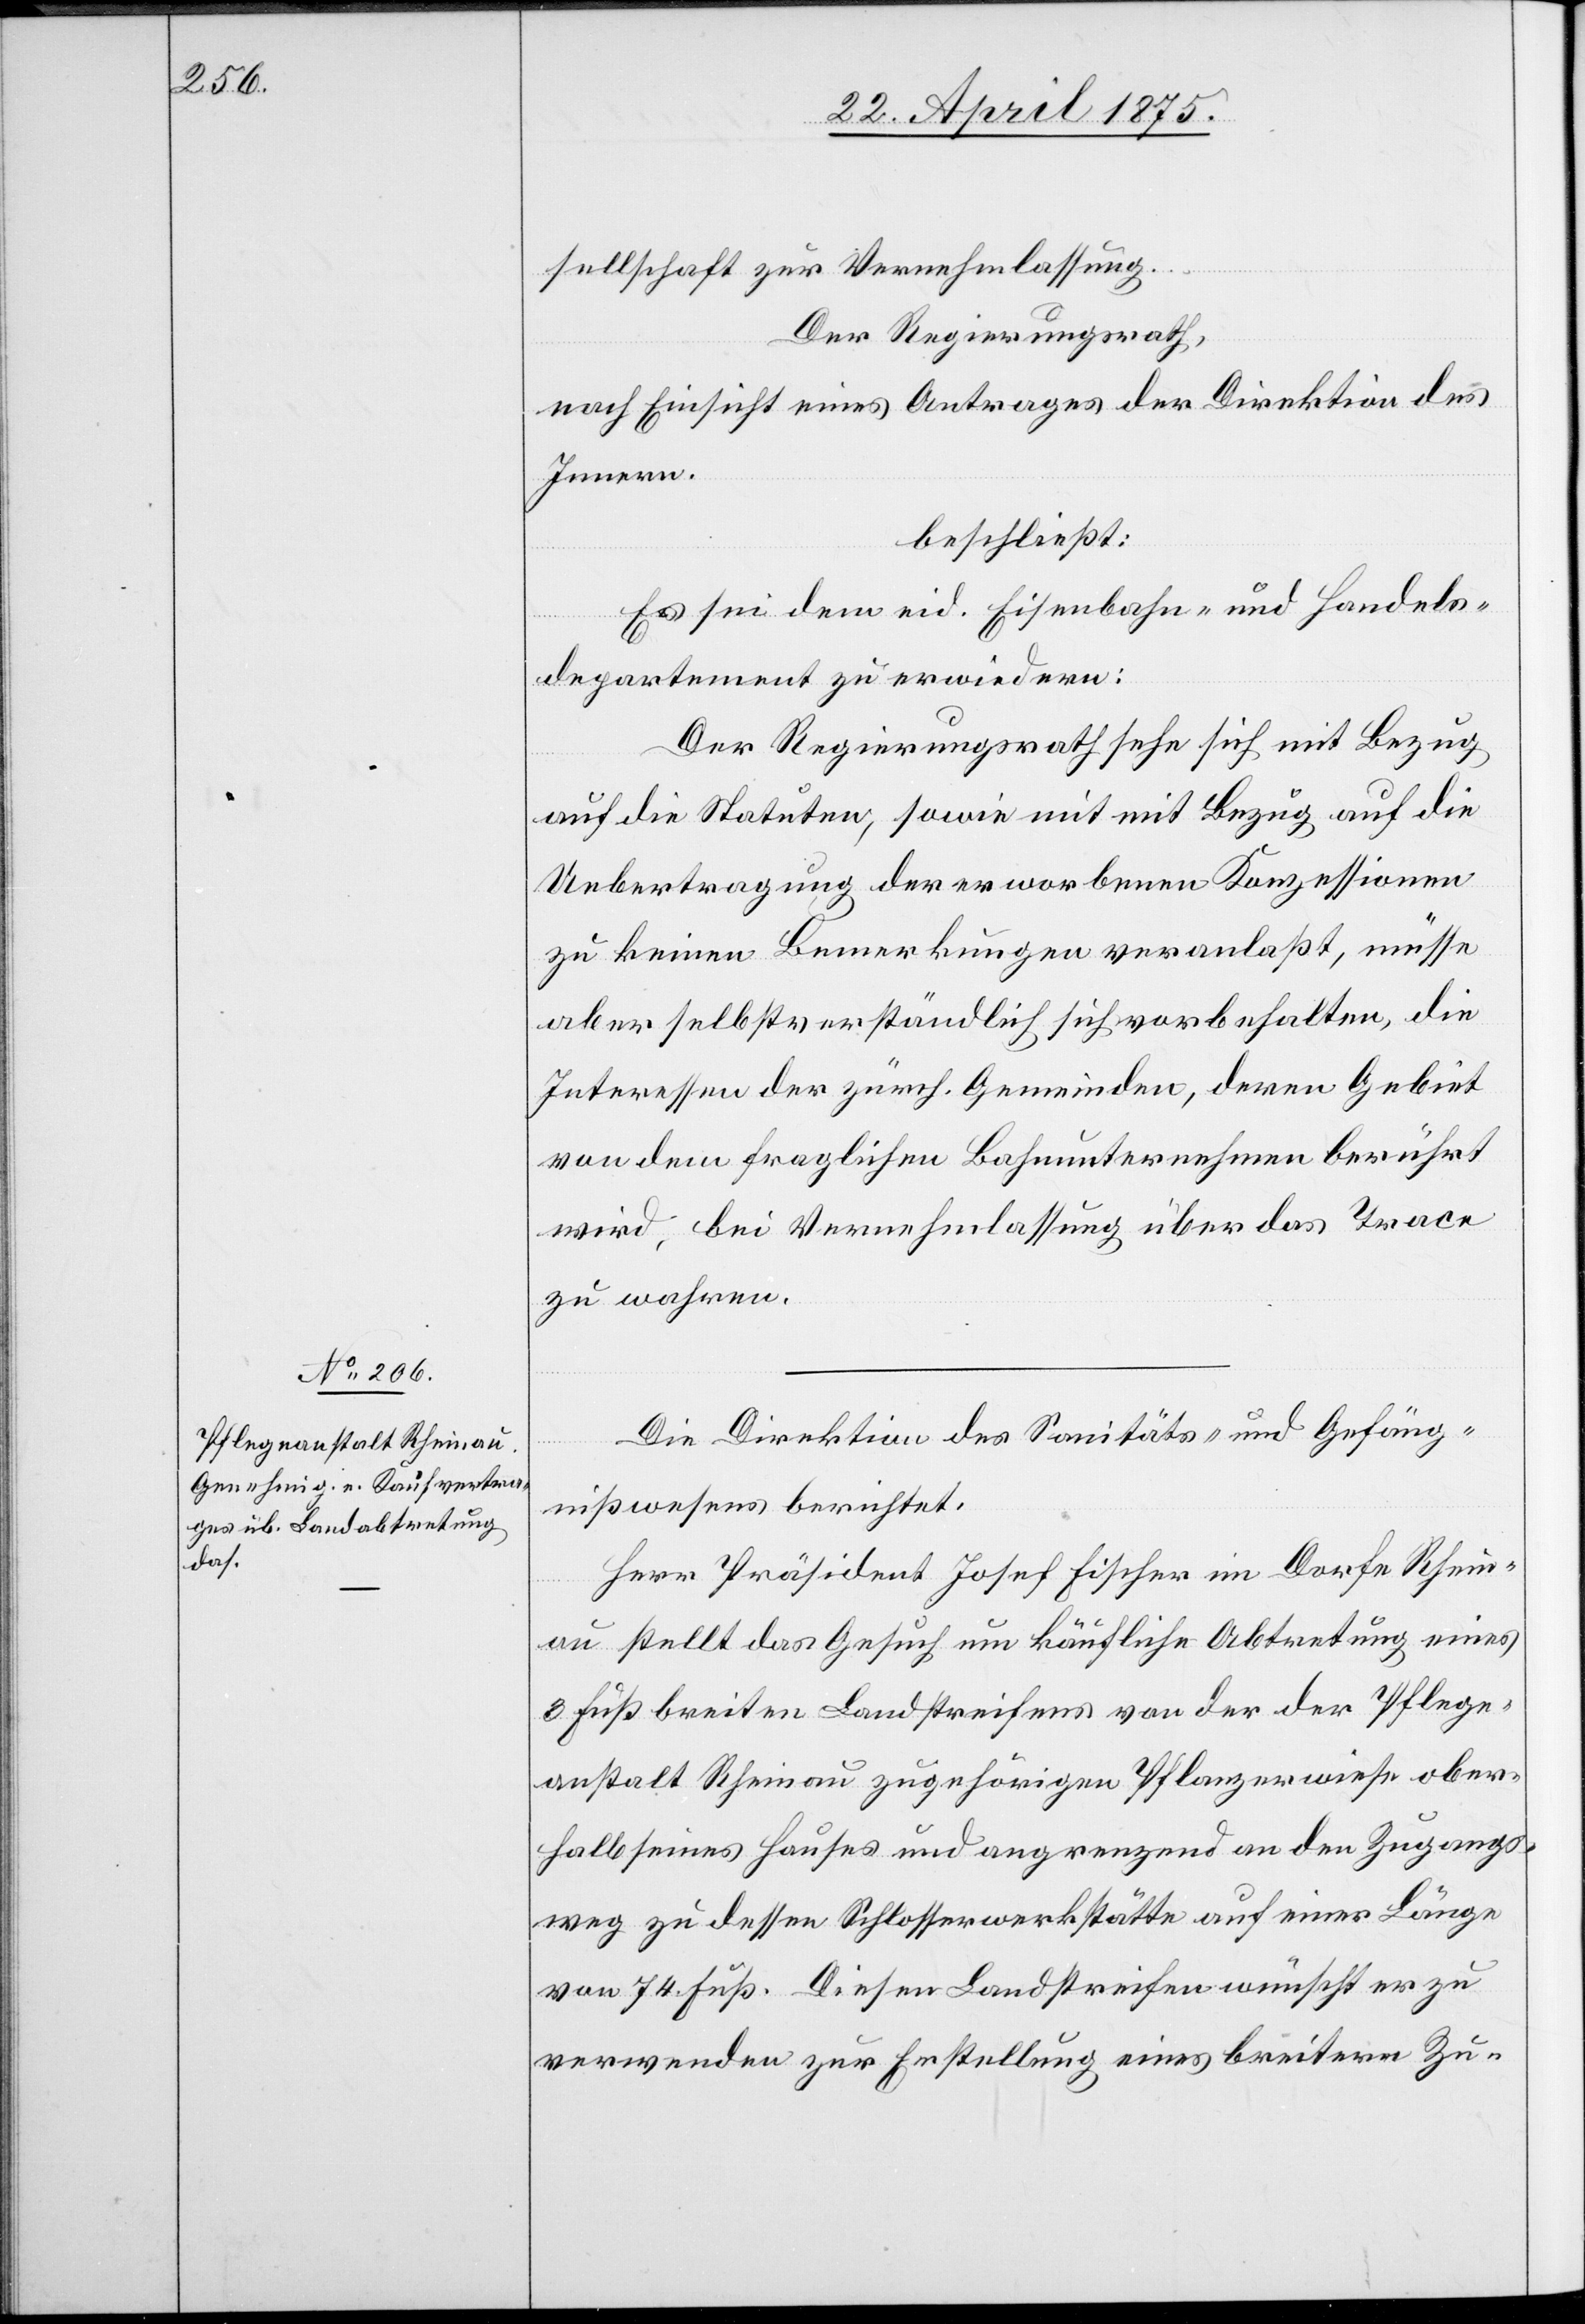
sellschaft zur Vernehmlassung.
Der Regierungsrath,
nach Einsicht eines Antrages der Direktion des
Innern,
beschließt:
Es sei dem eid. Eisenbahn- und Handels¬
departement zu erwiedern:
Der Regierungsrath sehe sich mit Bezug
auf die Statuen, sowie mit Bezug auf die
Uebertragung der erworbenen Konzessionen
zu keinen Bemerkungen veranlaßt, müsse
aber selbstverständlich sich vorbehalten, die
Interessen der zürch. Gemeinden, deren Gebiet
von dem fraglichen Bahnunternehmen berührt
wird, bei Vernehmlassung über das Trace
zu wahren.
Die Direktion des Sanitäts- und Gefäng¬
nißwesens berichtet:
Herr Präsident Josef Fischer im Dorfe Rhein¬
au stellt das Gesuch um käufliche Abtretung eines
3 Fuß breiten landstreifend von der Pflege¬
anstalt Rheinau zugehörigen Pflanzwiese ober¬
halb seines Hauses und angrenzend an den Zugangs¬
weg zu dessen Schlosserwerkstätte auf einer Länge
von 74 Fuß. Diesen Landstreifen wünscht er zu
verwenden zur Erstellung eines breitern Zu-